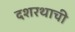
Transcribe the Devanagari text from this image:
दशरथाची